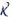
Text: R